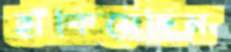
হাঁকিয়েছিস